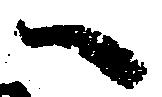
へ